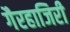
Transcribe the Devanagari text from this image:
गैरहाजिरी